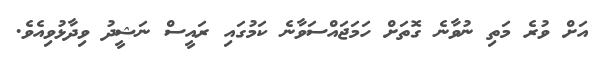
އަށް ވުރެ މަތި ނުވާނެ ގޮތަށް ހަމަޖައްސަވާނެ ކަމުގައި ރައީސް ނަޝީދު ވިދާޅުވިއެވެ.